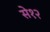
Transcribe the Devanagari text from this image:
से१२